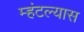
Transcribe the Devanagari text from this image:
म्हंटल्यास